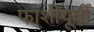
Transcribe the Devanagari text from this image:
फाशीपूर्वी